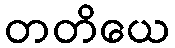
တတိယေ